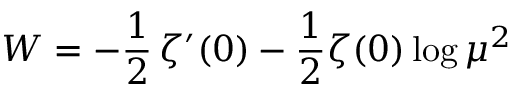
W = - \frac { 1 } { 2 } \, \zeta ^ { \prime } ( 0 ) - \frac { 1 } { 2 } \zeta ( 0 ) \log \mu ^ { 2 }